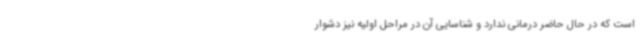
است که در حال حاضر درمانی ندارد و شناسایی آن در مراحل اولیه نیز دشوار